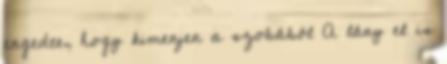
engedte, hogy kimenjen a szobából A lány el is